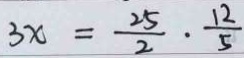
3 x = \frac { 2 5 } { 2 } \cdot \frac { 1 2 } { 5 }